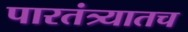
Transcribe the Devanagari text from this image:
पारतंत्र्यातच